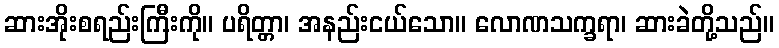
ဆားအိုးစရည်းကြီးကို။ ပရိတ္တာ၊ အနည်းငယ်သော။ လောဏသက္ခရာ၊ ဆားခဲတို့သည်။